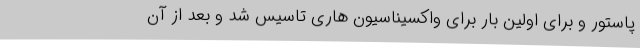
پاستور و برای اولین بار برای واکسیناسیون هاری تاسیس شد و بعد از آن